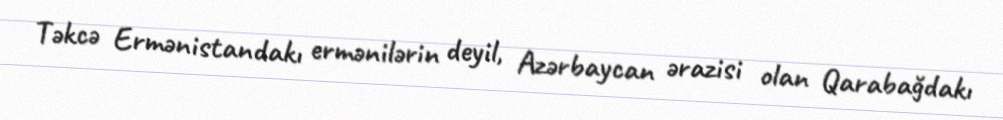
Təkcə Ermənistandakı ermənilərin deyil, Azərbaycan ərazisi olan Qarabağdakı